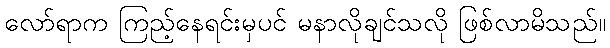
လော်ရာက ကြည့်နေရင်းမှပင် မနာလိုချင်သလို ဖြစ်လာမိသည်။